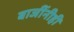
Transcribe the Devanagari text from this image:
बाजींनीही